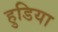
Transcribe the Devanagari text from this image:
हुडिया